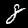
Label: 8